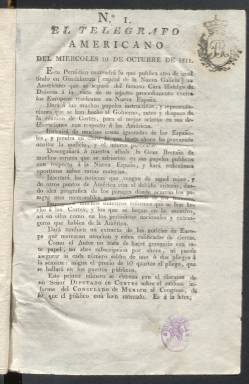
Título: El Telégrafo americano
Colección: Periódicos anteriores a 1850
Ámbito geográfico: Cádiz
Lugar de publicación: Cádiz
Fechas: 10/10/1811-19/02/1812